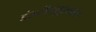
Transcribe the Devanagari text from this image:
इंस्‍टीटयूशनल